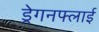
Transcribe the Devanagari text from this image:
ड्रेगनफ्लाई